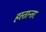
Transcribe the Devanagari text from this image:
हस्तान्तर